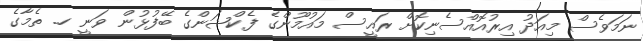
ނަަމަވެސް މިއަދު އިރުއޮއްސެނިކޮށް ރައީސް މައުމޫންގެ ފެކްޝަންގެ ބޭފުޅުން ވަނީ ހ. ތެމާގެ